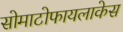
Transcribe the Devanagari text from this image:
सोमाटोफायलाकेस